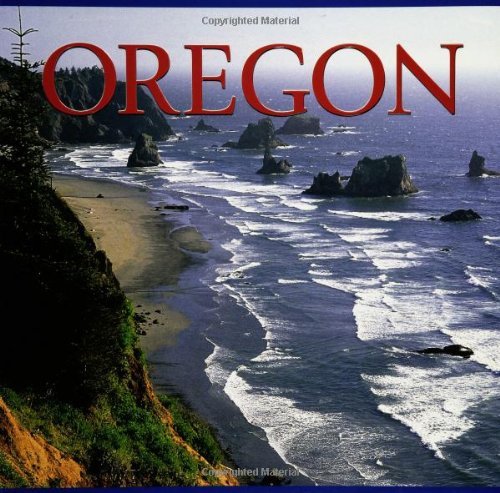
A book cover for Oregon (America); Tanya Lloyd Kyi; Travel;